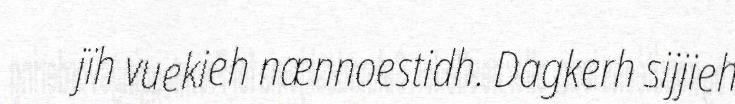
jïh vuekieh nænnoestidh. Dagkerh sijjieh